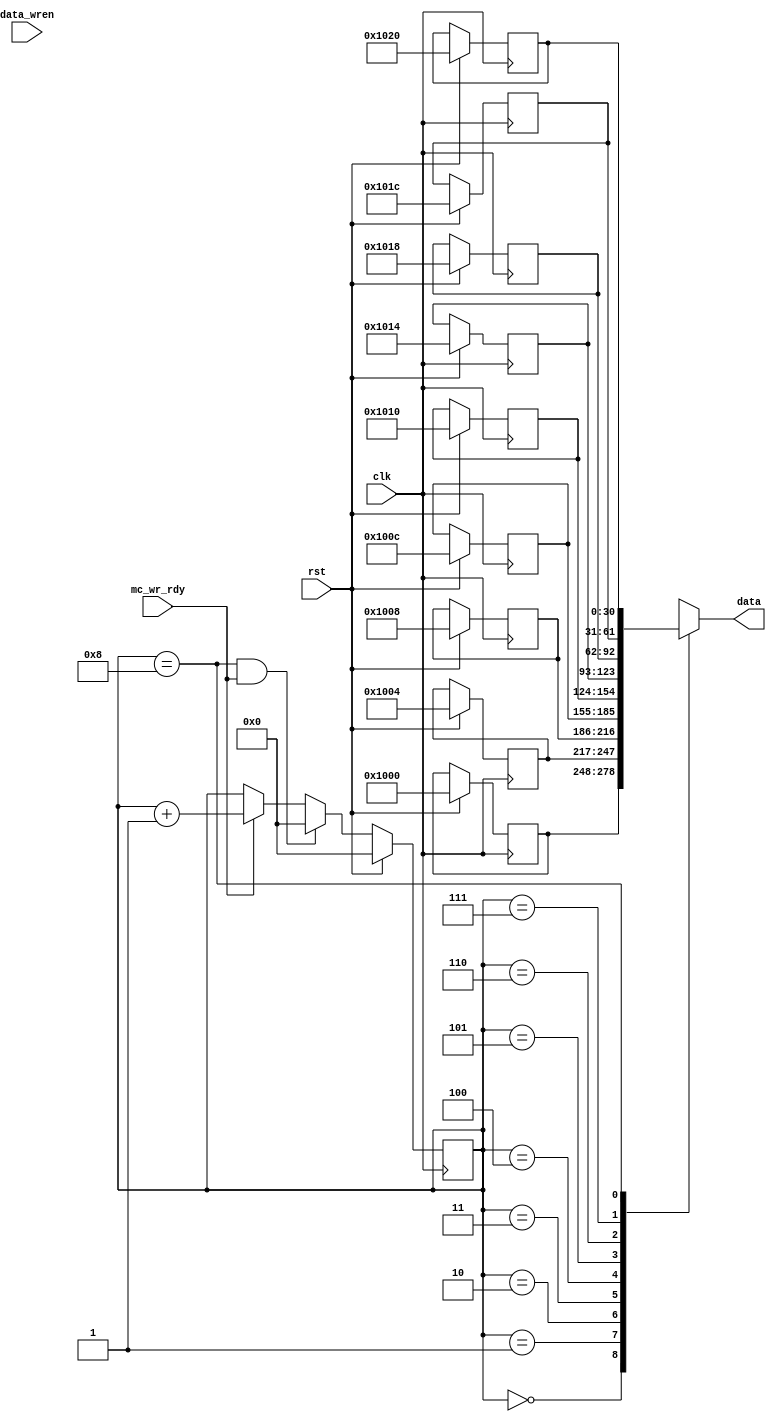
`timescale 1ns / 1ps
//////////////////////////////////////////////////////////////////////////////////
// Company: 
// Engineer: 
// 
// Design Name: 
// Module Name:    write_data_addr 
// Project Name: 
// Target Devices: 
// Tool versions: 
// Description: 
//
// Dependencies: 
//
// Revision: 
// Revision 0.01 - File Created
// Additional Comments: 
//
//////////////////////////////////////////////////////////////////////////////////
module write_data_addr(
		input clk,
		input rst,
		input mc_wr_rdy,
		input data_wren,
		output [30:0] data
    );
	 
	reg [30:0] temp_mem [0:8];
	reg [3:0] rom_addr;
	assign data = temp_mem[rom_addr];
	//assign addr_wren = 1'b1;
	always @(posedge clk)
	begin
		if(rst)
		begin
			rom_addr <= 4'd0;
//			temp_mem[0] <= 31'h8000_20C0;
//			temp_mem[1] <= 31'h8000_20C8;
//			temp_mem[2] <= 31'h0000_20D0;
//			temp_mem[3] <= 31'h0000_20D8;
//			temp_mem[4] <= 31'h0000_10E0;
//			temp_mem[5] <= 31'h0000_10E8;
//			temp_mem[6] <= 31'h8000_10F0;
//			temp_mem[7] <= 31'h8000_10F8;
//			temp_mem[8] <= 31'hA000_60C0;
			temp_mem[0] <= 31'h000_1000;
			temp_mem[1] <= 31'h000_1004;
			temp_mem[2] <= 31'h000_1008;
			temp_mem[3] <= 31'h000_100C;
			temp_mem[4] <= 31'h000_1010;
			temp_mem[5] <= 31'h000_1014;
			temp_mem[6] <= 31'h000_1018;
			temp_mem[7] <= 31'h000_101C;
			temp_mem[8] <= 31'h000_1020;

		end
		else
		begin
			if(rom_addr == 4'd8 && mc_wr_rdy)
				rom_addr <= 4'd0;
			else if(mc_wr_rdy)
				rom_addr <= rom_addr + 1;
			else
				rom_addr <= rom_addr;
		end
	end


endmodule